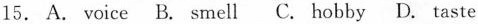
15.A. voice B. smell C. hobby D. taste